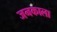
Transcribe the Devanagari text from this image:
जनकाला